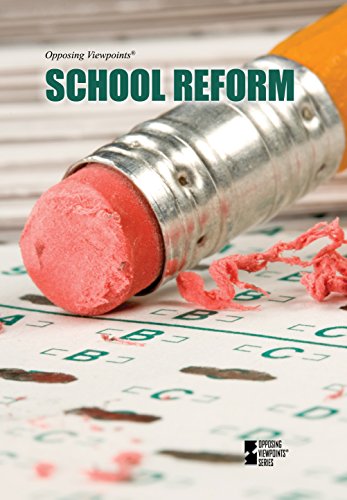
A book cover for School Reform (Opposing Viewpoints); Noel Merino; Teen & Young Adult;